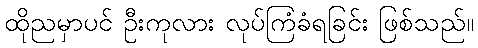
ထိုညမှာပင် ဦးကုလား လုပ်ကြံခံရခြင်း ဖြစ်သည်။